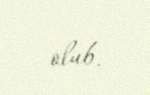
olub.